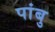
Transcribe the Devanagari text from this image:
पांबु